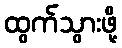
ထွက်သွားဖို့